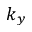
k _ { y }